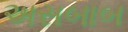
અસબાબ